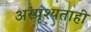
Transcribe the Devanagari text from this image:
अस्पृश्यताही